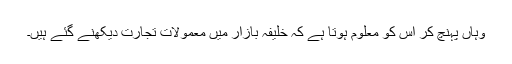
وہاں پہنچ کر اس کو معلوم ہوتا ہے کہ خلیفہ بازار میں معمولات تجارت دیکھنے گئے ہیں۔